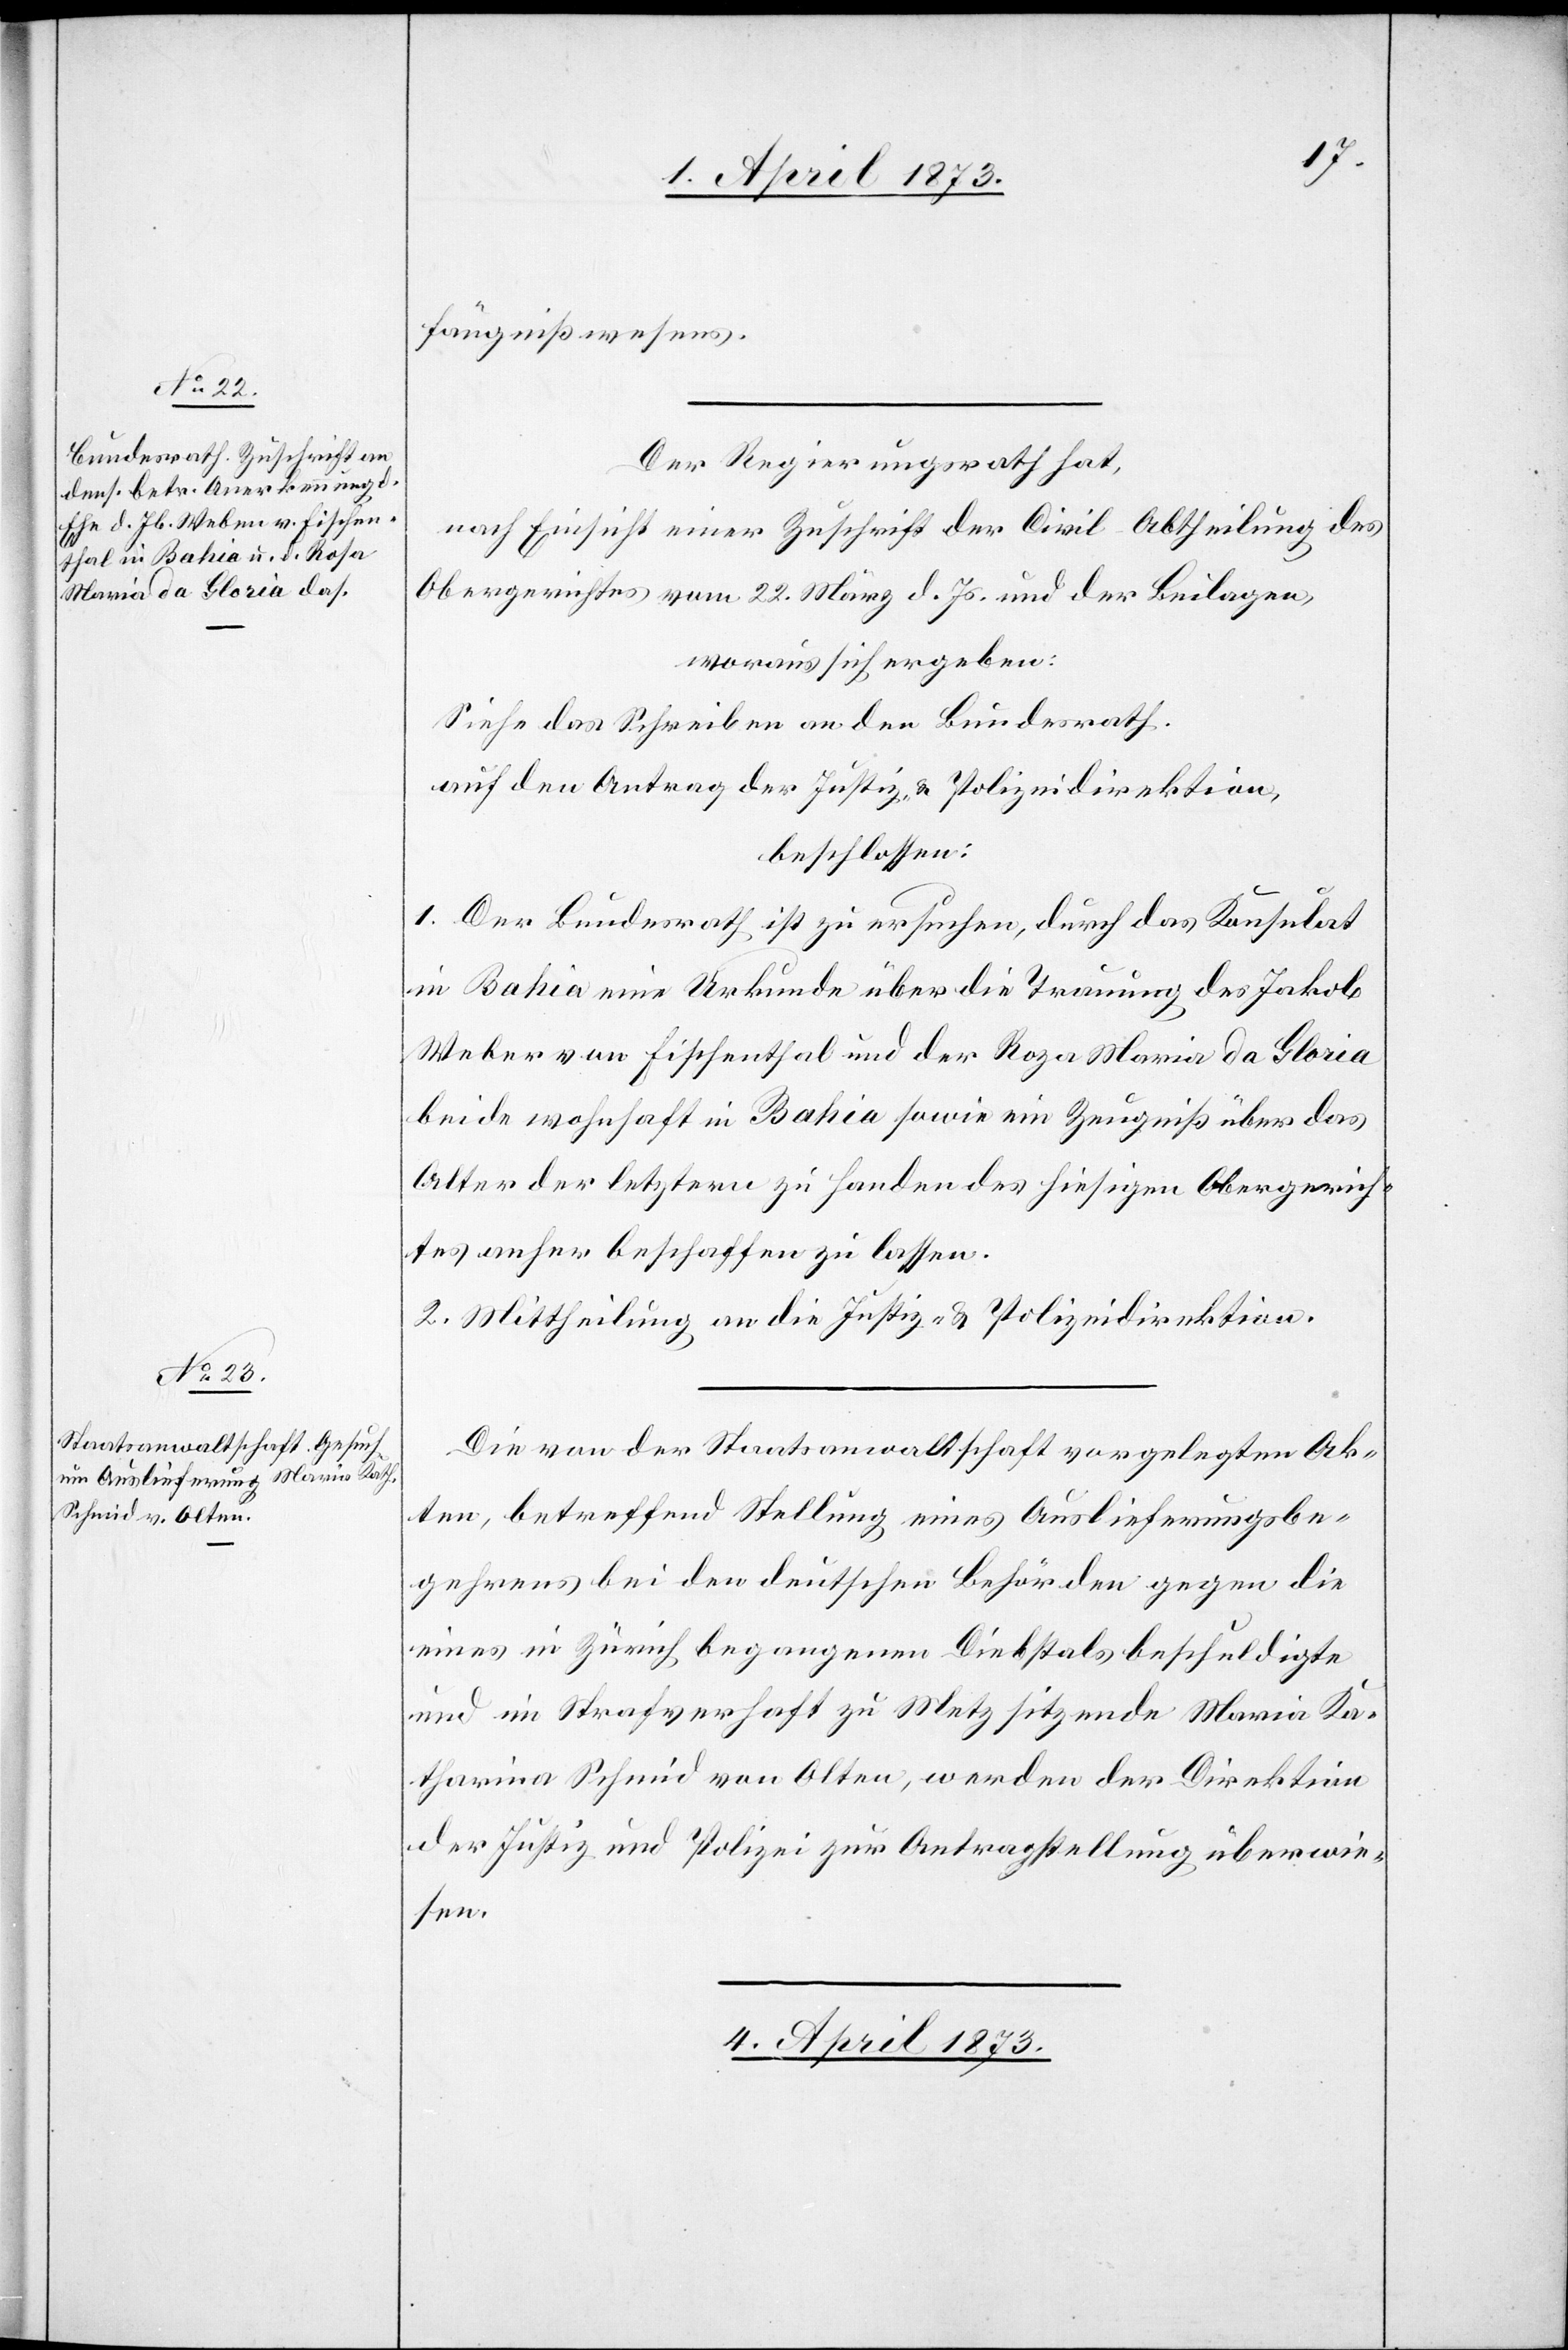
fängnißwesens.
Der Regierungsrath hat,
nach Einsicht einer Zuschrift der Civil-Abtheilung des
Obergerichtes vom 22. März d. Js. und der Beilagen,
woraus sich ergeben:
Siehe das Schreiben an den Bundesrath.
auf den Antrag der Justiz- u. Polizeidirektion,
beschlossen:
1. Der Bundesrath ist zu ersuchen, durch das Konsulat
in Bahia eine Urkunde über die Trauung des Jakob
Weber von Fischenthal und der Roza [sic!] Maria da Gloria
beide wohnhaft in Bahia sowie ein Zeugniß über das
Alter der letztern zu Handen des hiesigen Obergerich¬
tes anher beschaffen zu lassen.
2. Mittheilung an die Justiz- u. Polizeidirektion.
Die von der Staatsanwaltschaft vorgelegten Ak¬
ten, betreffend Stellung eines Auslieferungsbe¬
gehrens bei den deutschen Behörden gegen die
eines in Zürich begangenen Diebstals beschuldigte
und im Strafverhaft zu Metz sitzende Maria Ka¬
tharina Schmid von Olten, werden der Direktion
der Justiz und Polizei zur Antragstellung überwie¬
sen.
4. April 1873.